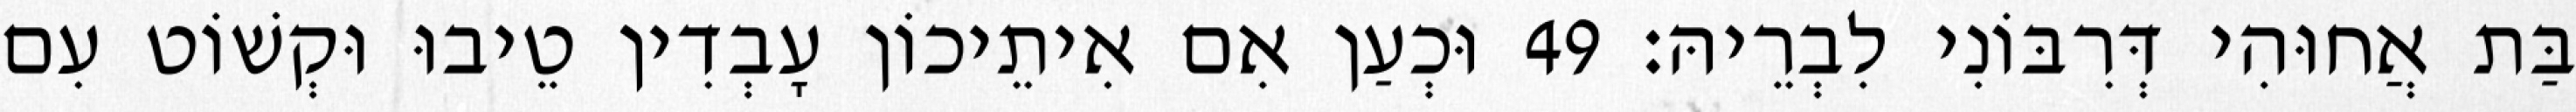
בַּת אֲחוּהִי דְּרִבּוֹנִי לִבְרֵיהּ׃ 49 וּכְעַן אִם אִיתֵיכוֹן עָבְדִין טֵיבוּ וּקְשׁוֹט עִם